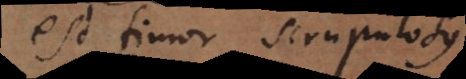
est timor scrupulosus